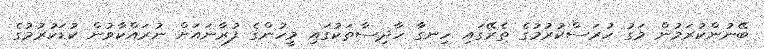
ބޭނުންކުރަމުން މަގު ހުރަސްކުރުމުގެ ތެރޭގައި ހިނގާ ހާދިސާތަކުގައި މީހުންގެ ފުރާނައަށް ނުރައްކާވުން ކުޑަކުރުމުގެ